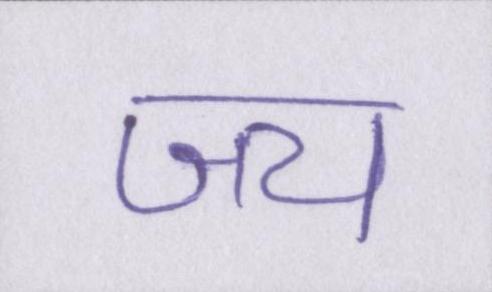
जय